Document type: Recognition
Year: 1437
Scribe: Pere Ponçgem
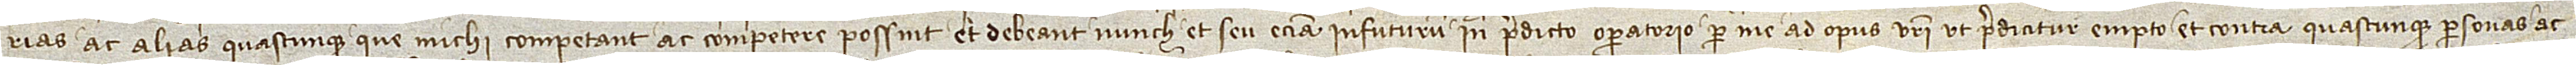
rias ac alias quascunque que michi competant ac competere possint et debeant nunch et seu etiam infuturum in predicto operatorio per me ad opus vestri, ut predicitur, empto, et contra quascunque personas ac